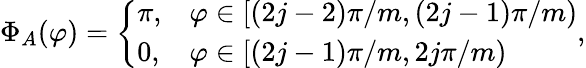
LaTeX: \Phi_{A}(\varphi)=\left\{ \begin{array}{ll}{\pi,}&{\varphi\in[(2j-2)\pi/m,(2j-1)\pi/m)}\\ {0,}&{\varphi\in[(2j-1)\pi/m,2j\pi/m)}\end{array}\right.,